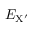
E _ { \mathrm { X ^ { \prime } } }